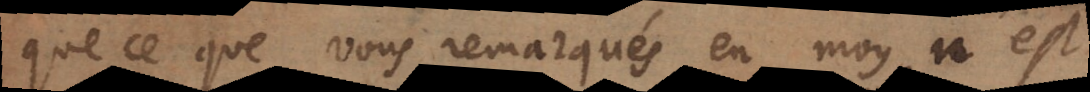
que ce que vous remarqués en moy, n’est